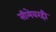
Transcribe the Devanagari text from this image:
सीमेवरही